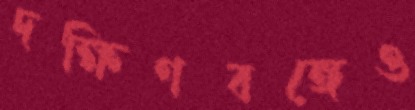
দক্ষিণবঙ্গেও